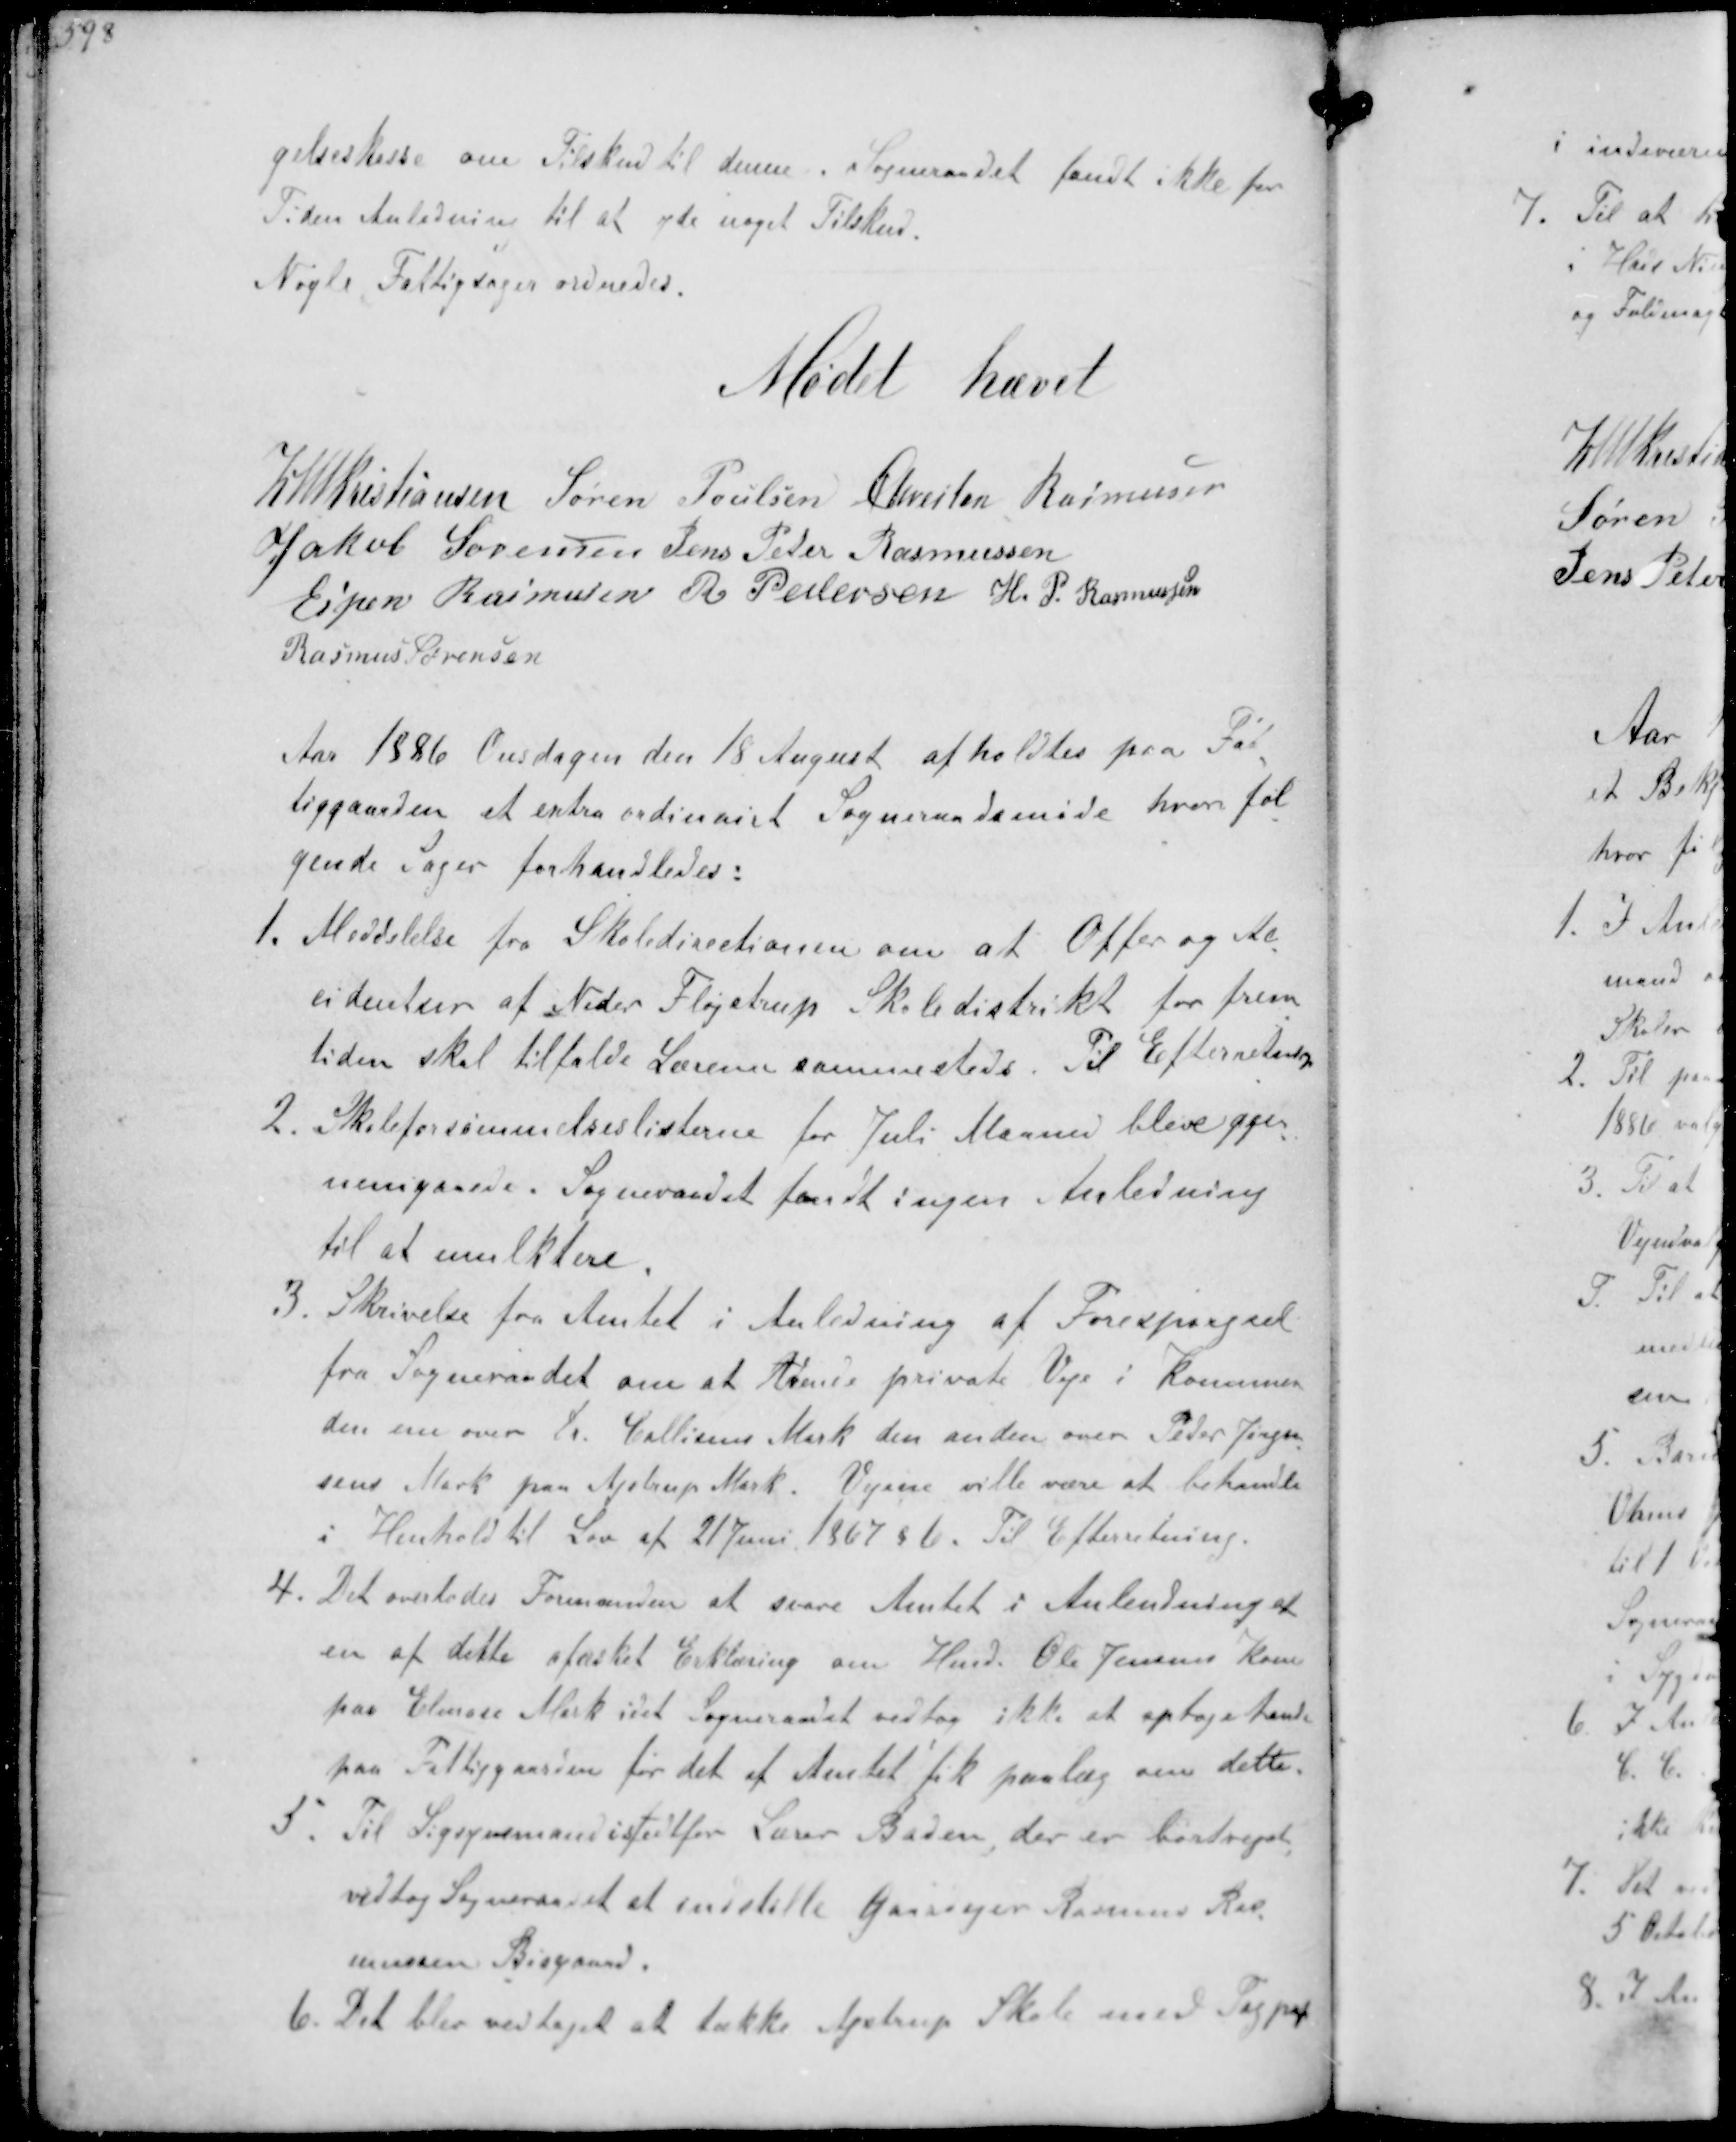
Transskription:
gelseskasse om Tilskud til denne. Sogneraadet fandt ikke for
Tiden Anledning til at yde noget Tilskud
Nogle Fattigsager ordnedes

Mødet hævet

K N M Kristiansen Søren Poulsen Chresten Rasmussen
Jakob Sørensen Jens Peter Rasmussen
Espen Rasmussen R Pedersen H. P. Rasmussen
Rasmus Sørensen

Aar 1886 Onsdagen den 18 August afholdtes paa Fat-
tiggaarden et extra ordinært Sogneraadsmøde hvor føl-
gende Sager forhandledes:
1. Meddelelse fra Skoledirectionen om at Offer og Ac-
sidenter af Neder Fløjstrup Skoledistrikt for frem-
tiden skal tilfalde Læreren sammesteds. Til Efterretning
2. Skoleforsømmelseslisterne for Juli Maaned blev efter
nemgaaede. Sogneraadet fandt ingen Anledning
til at mulktere
3. Skrivelse fra Amtet i Anledning af Forespørgsel
fra Sogneraadet om at de private Veje i Kommunen
den nu over H. Callisens Mark den anden over Peder Jørgen-
sens Mark paa Ajstrup Mark. Vejene ville være at behandle
i Henhold til Lov af 21 Juni 1867 § 6. Til Efterretning.
4. Det overlodes Formanden at svare Amtet i Anledning
en af dette afæsket Erklæring om Hmd. Ole Jensens Kone
paa Elmose Mark idet Sogneraad vedtog ikke at optage hende
paa Fattiggaarden før det af Amtet fik paalæg om dette.
5. Til Ligsynsmand istedetfor Lærer Baden der er bortrejst
vedtog Sogneraadet at indstille Gaardejer Rasmus Ras-
mussen Bisgaard
6. Det blev vedtaget at tække Ajstrup Skole med Tagpap